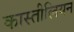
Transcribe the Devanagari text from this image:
कास्तीलियन